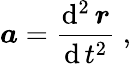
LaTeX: {\boldsymbol{a}}={\frac{\operatorname{d}^{2}{\boldsymbol{r}}}{\operatorname{d}t^{2}}}\ ,